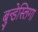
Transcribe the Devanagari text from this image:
बुन्डेस्लिगा